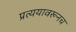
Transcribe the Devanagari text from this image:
प्रत्ययावरूनच